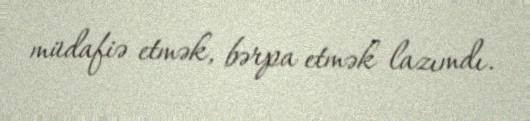
müdafiə etmək, bərpa etmək lazımdı.